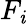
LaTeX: F_{\mathit{i}}